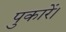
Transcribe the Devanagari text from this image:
पुकारें।